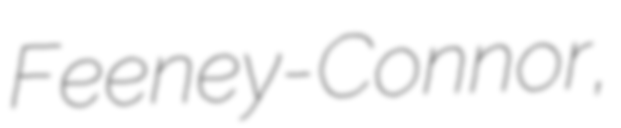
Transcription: Feeney-Connor,